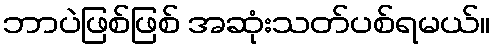
ဘာပဲဖြစ်ဖြစ် အဆုံးသတ်ပစ်ရမယ်။